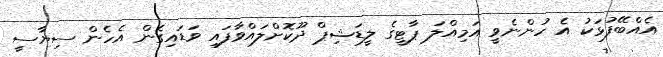
އެއްބޭފުޅަކު އެ ހުންނެވީ އަމިއްލަ ޕާޓީގެ ލީޑަޝިޕް ދޫކޮށްލައްވާފައި ވަޑައިގެން އެހެން ސިޔާސީ